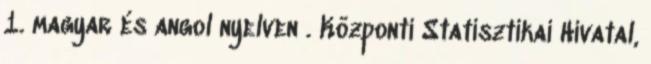
1. magyar és angol nyelven . Központi Statisztikai Hivatal,